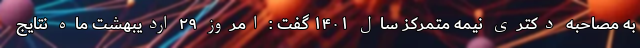
به مصاحبه دکتری نیمه متمرکز سال ۱۴۰۱ گفت : امروز ۲۹ اردیبهشت ماه نتایج